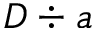
D \div a